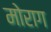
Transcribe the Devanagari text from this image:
मोराग